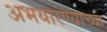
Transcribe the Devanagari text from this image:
अभयारंण्याच्या